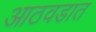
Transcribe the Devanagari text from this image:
आठवडात